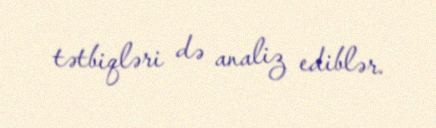
tətbiqləri də analiz ediblər.